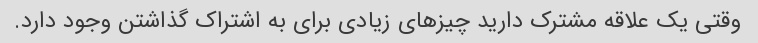
وقتی یک علاقه مشترک دارید چیزهای زیادی برای به اشتراک گذاشتن وجود دارد.